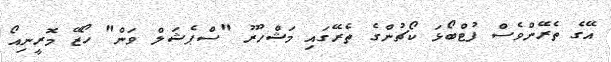
އޭގެ ތެރޭންވެސް ފުޓްބޯޅަ ކޯޗުންގެ ތެރޭގައި މަޝްހޫރު "ސްޕެޝަލް ވަން" ހޯޒޭ މޮރީނިއޯ